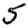
Digit: 5